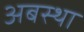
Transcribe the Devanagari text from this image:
अबस्था